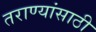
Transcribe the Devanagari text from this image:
तराण्यांसाठी